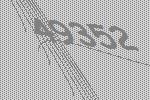
49352